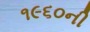
૧૯૬૦ની